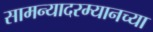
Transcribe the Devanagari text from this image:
सामन्यादरम्यानच्या